Veterinary [1909] -
Year: 1909
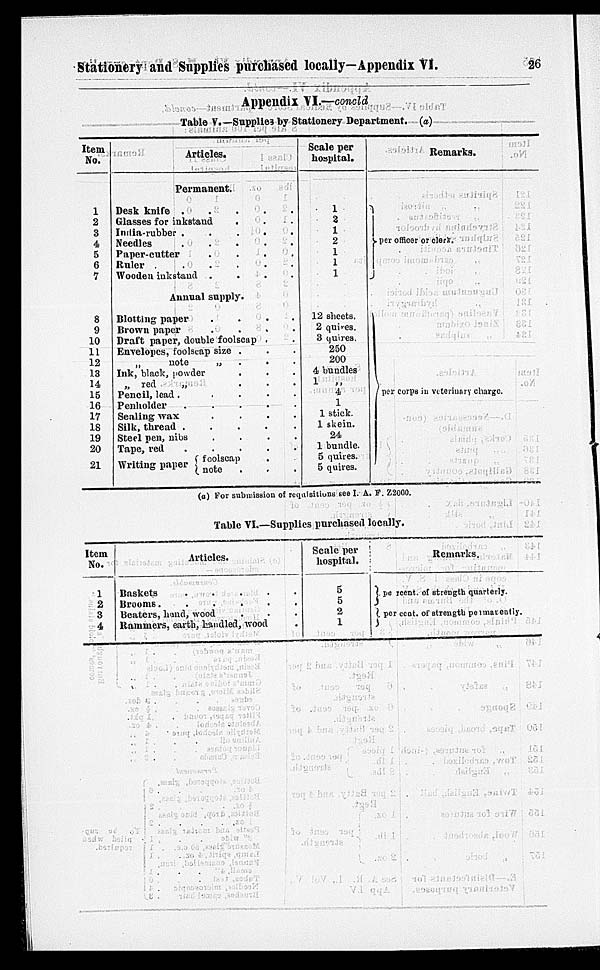
Stationery and Supplies purchased locally—Appendix VI.
26
Appendix VI.—concld
Table V.—Supplies by Stationery Department. (a)
Item
No.
1
2
3
4
5
6
7
8
9
10
11
12
13
14
15
16
17
18
19
20
21
Ar
ticles.
Permanent.
Desk knife . . . .
Glasses for inkstand . .
India-rubber . . . .
Needles
.
.
.
.
Paper-cutter . . .
Ruler
.
.
.
.
.
Wooden inkst and . . .
Annual supply.
Blotting paper . . .
Brown paper . . .
Draft paper, double foolscap . .
Envelopes, foolscap size . .
„
note
„ . .
Ink, black, powder . . .
„ red
„ . .
Pencil, lead .
.
.
.
Penholder
.
.
.
.
Sealing wax . . . .
Silk, thread
.
.
.
.
Steel pen, nibs . . .
Tape,
red
.
.
.
.
Writing paper
foolscap .
note . .
Scale per
hospital.
1
2
1
2
1
1
1
12 sheets.
2 quires.
3 quires.
250
200
4 bundles
1
„
4
1
1 stick.
1 skein.
24
1 bundle.
5 quires.
5 quires.
Remarks.
per officer or clerk.
per corps in veterinary charge.
(a) For submission of requisitions see I. A. F. Z2000.
Table VI.—Supplies purchased locally.
Item
No.
1
2
3
4
Articles.
Baskets
. . . . .
Brooms.
.
.
.
.
.
Beaters, bund, wood . . .
Rammers, earth, handled, wood .
Scale per
hospital.
5
5
2
1
Remarks.
per cent. of strength quarterly.
per cent. of strength permanently.